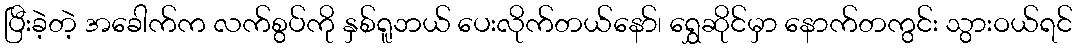
ပြီးခဲ့တဲ့ အခေါက်က လက်စွပ်ကို နှစ်ရူဘယ် ပေးလိုက်တယ်နော်၊ ရွှေဆိုင်မှာ နောက်တကွင်း သွားဝယ်ရင်